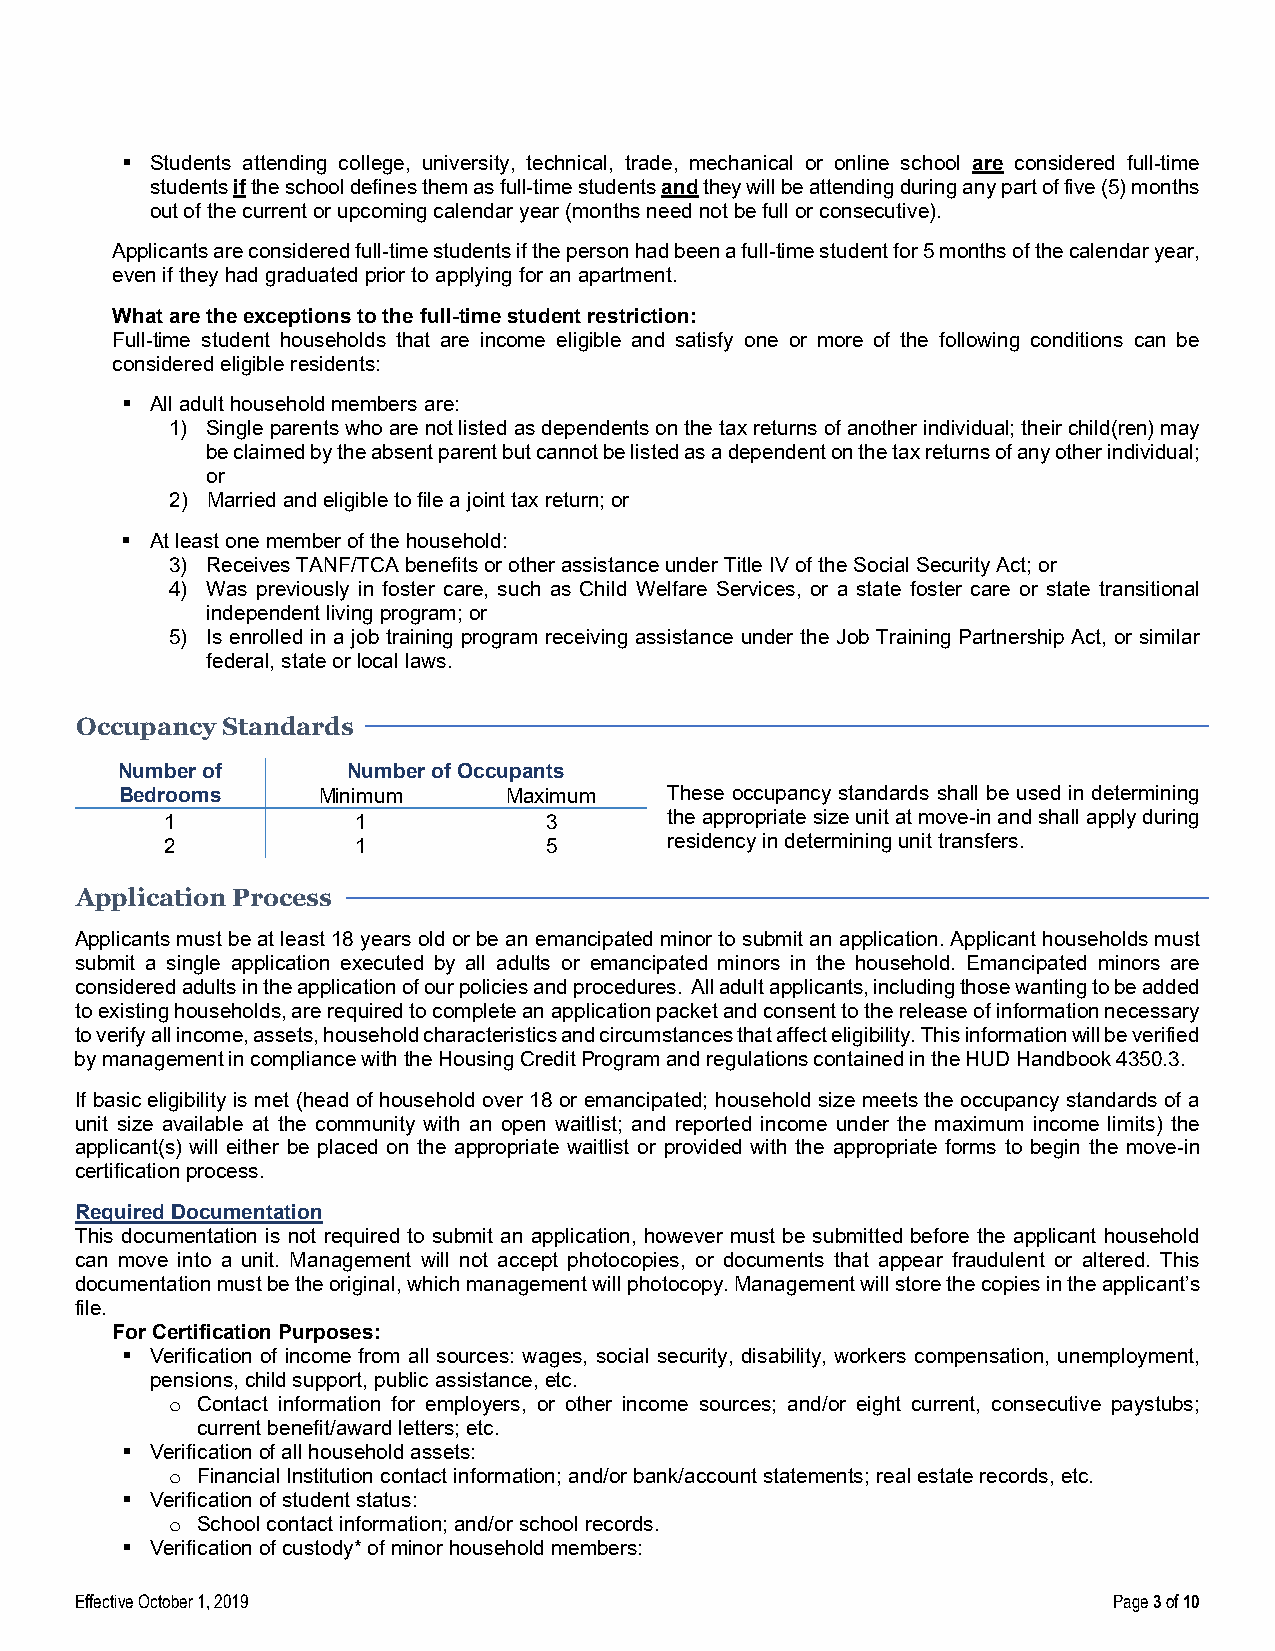
 Students attending college, university, technical, trade, mechanical or online school are considered full-time
 students if the school defines them as full-time students and they will be attending during any part of five (5) months
 out of the current or upcoming calendar year (months need not be full or consecutive).
 Applicants are considered full-time students if the person had been a full-time student for 5 months of the calendar year,
 even if they had graduated prior to applying for an apartment.
 What are the exceptions to the full-time student restriction:
 Full-time student households that are income eligible and satisfy one or more of the following conditions can be
 considered eligible residents:
  All adult household members are:
 1) Single parents who are not listed as dependents on the tax returns of another individual; their child(ren) may
 be claimed by the absent parent but cannot be listed as a dependent on the tax returns of any other individual;
 or
 2) Married and eligible to file a joint tax return; or
  At least one member of the household:
 3) Receives TANF/TCA benefits or other assistance under Title IV of the Social Security Act; or
 4) Was previously in foster care, such as Child Welfare Services, or a state foster care or state transitional
 independent living program; or
 5) Is enrolled in a job training program receiving assistance under the Job Training Partnership Act, or similar
 federal, state or local laws.
 Occupancy Standards
 Number of      Number of Occupants
 Bedrooms     Minimum      Maximum   These occupancy standards shall be used in determining
 1            1           3       the appropriate size unit at move-in and shall apply during
 2            1           5       residency in determining unit transfers.
 Application Process
 Applicants must be at least 18 years old or be an emancipated minor to submit an application. Applicant households must
 submit a single application executed by all adults or emancipated minors in the household. Emancipated minors are
 considered adults in the application of our policies and procedures. All adult applicants, including those wanting to be added
 to existing households, are required to complete an application packet and consent to the release of information necessary
 to verify all income, assets, household characteristics and circumstances that affect eligibility. This information will be verified
 by management in compliance with the Housing Credit Program and regulations contained in the HUD Handbook 4350.3.
 If basic eligibility is met (head of household over 18 or emancipated; household size meets the occupancy standards of a
 unit size available at the community with an open waitlist; and reported income under the maximum income limits) the
 applicant(s) will either be placed on the appropriate waitlist or provided with the appropriate forms to begin the move-in
 certification process.
 Required Documentation
 This documentation is not required to submit an application, however must be submitted before the applicant household
 can move into a unit. Management will not accept photocopies, or documents that appear fraudulent or altered. This
 documentation must be the original, which management will photocopy. Management will store the copies in the applicant’s
 file.
 For Certification Purposes:
  Verification of income from all sources: wages, social security, disability, workers compensation, unemployment,
 pensions, child support, public assistance, etc.
 Contact information for employers, or other income sources; and/or eight current, consecutive paystubs;
 o
 current benefit/award letters; etc.
  Verification of all household assets:
 Financial Institution contact information; and/or bank/account statements; real estate records, etc.
 o
  Verification of student status:
 School contact information; and/or school records.
 o
  Verification of custody* of minor household members:
 Effective October 1, 2019                                            Page 3 of 10